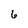
Character: 6